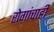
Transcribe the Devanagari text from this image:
रोगांचाही